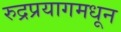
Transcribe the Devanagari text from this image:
रुद्रप्रयागमधून